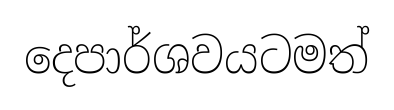
දෙපාර්ශවයටමත්